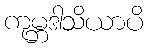
ကုမ္ဘဒါသိယာပိ